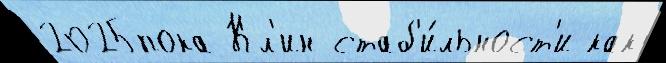
2025пока Кл'ин стаб'и́льност'и как